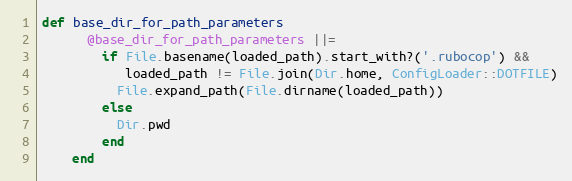
Language: Ruby
def base_dir_for_path_parameters
      @base_dir_for_path_parameters ||=
        if File.basename(loaded_path).start_with?('.rubocop') &&
           loaded_path != File.join(Dir.home, ConfigLoader::DOTFILE)
          File.expand_path(File.dirname(loaded_path))
        else
          Dir.pwd
        end
    end